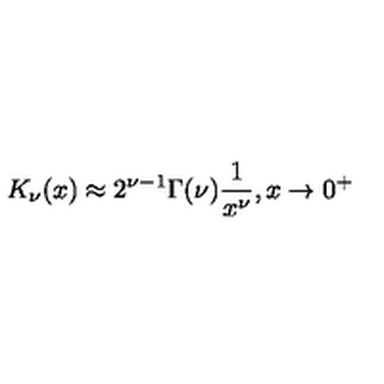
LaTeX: K _ { \nu } ( x ) \approx 2 ^ { \nu - 1 } \Gamma ( \nu ) \frac { 1 } { x ^ { \nu } } , x \to 0 ^ { + }